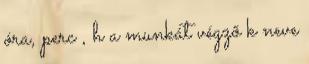
óra, perc , h a munkát végzõ k neve